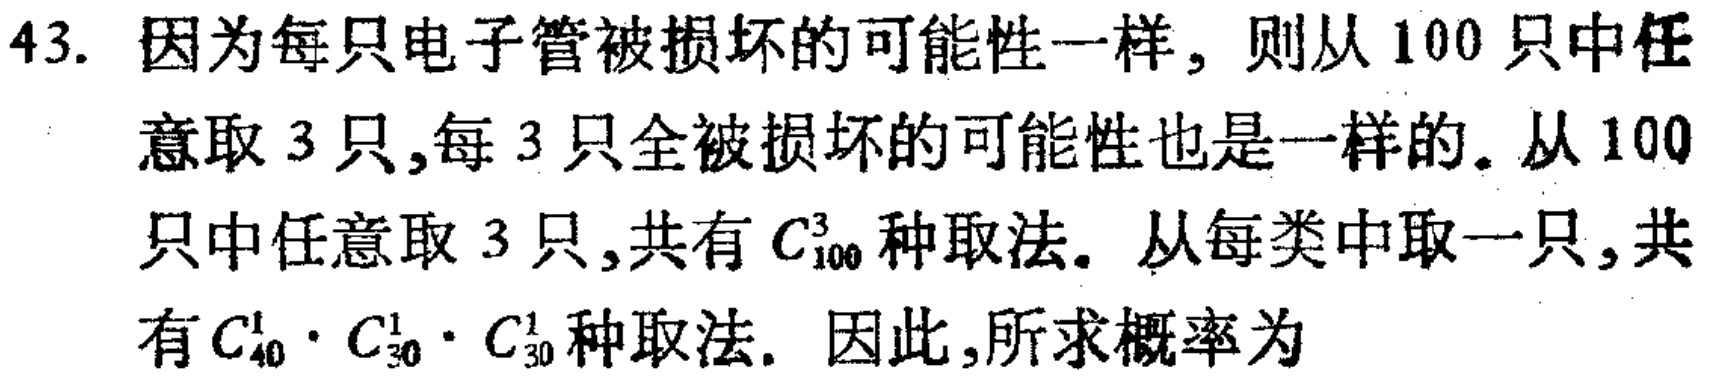
43. 因为每只电子管被损坏的可能性一样，则从 100 只中任意取 3 只,每 3 只全被损坏的可能性也是一样的。从 100只中任意取 3 只,共有 \(C_{100}^3\) 种取法。从每类中取一只,共有 \(C_{40}^1\cdot C_{30}^1\cdot C_{30}^1\) 种取法。因此,所求概率为